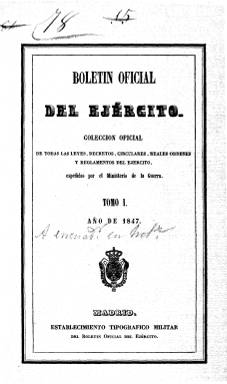
Título: Boletín oficial del ejército
Colección: Fuerzas armadas
Ámbito geográfico: Madrid
Lugar de publicación: Madrid
Fechas: 10/08/1847-08/12/1852

Creado por real decreto, aparecerá, con el escudo real estampado en su cabecera, los días 10 y 25 de cada mes, a partir de agosto de 1847, en entregas de 32 páginas y formando tomos anuales, con paginación continuada. En el último número de cada tomo incluye, al final, índices alfabéticos de materias y cronológicos anuales. Como señala su subtítulo -“colección oficial de todas las leyes, decretos, circulares, reales órdenes y reglamentos del Ejército”- se trata de una compilación de todas las normas emanadas por el Ministerio de la Guerra y de todas las inspecciones, direcciones e intendencia general de los cuerpos castrenses, incluido el de la Guardia Civil.

Es continuación de El boletín del ejército (1843-1846), y por su estructura formal y contenido (reflejado en su subtítulo) es semejante a la Colección de las leyes, reales decretos, órdenes, reglamentos…, que desde 1841 a 1844 había publicado el oficial del Ministerio de la Guerra y erudito en códigos militares Antonio Vallecillo Luján (1807-1880), fundador también, en 1841, de El archivo militar, periódico este que había venido adoptado diversas cabeceras durante los meses previos al derrocamiento como regente del general Baldomero Espartero (1793-1879), y considerado precedente del citado El boletín del ejército.

Tras publicar el fascículo de 25 de junio de 1849, el Boletín oficial del ejército será suprimido por real orden de 28 de junio, y por otra real orden de nueve de julio de 1851 se autoriza a la empresa de La gaceta militar (1851-1852) su continuación. La colección de la Biblioteca Nacional de España reinicia la colección con el fascículo número 7, correspondiente a septiembre de ese año, que indica en su cabecera que se trata ya de su segunda época. La última entrega de la colección corresponde al ocho de diciembre de 1852.

La suscripción del Boletín se llegará a hacer conjuntamente con la de La revista militar (1847-1856), fundada por el brigada Eduardo Fernández San Román y, siguiendo a Carrasco (1882), por real orden de 17 de enero de 1853, se autorizará al nuevo propietario de esta revista editar el Boletín, iniciando así su tercera época hasta, probablemente, los primeros meses de 1854, tal como señala Hartzembusch. Una real orden de 17 de marzo de 1854 creará el Boletín oficial del Ministerio de la Guerra, del que la Biblioteca Nacional no conserva ningún ejemplar, aunque se tiene noticia de la existencia de fondos en la Biblioteca Central Militar, digitalizados en la Biblioteca Virtual de Defensa.

[Descripción modificada el 17/08/2022]